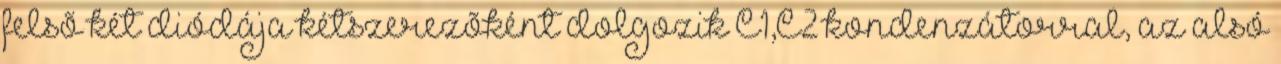
felsõ két diódája kétszerezõként dolgozik C1,C2 kondenzátorral, az alsó